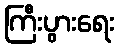
ကြီးပွားရေး